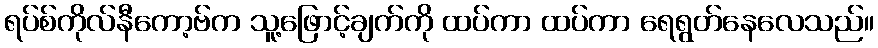
ရပ်စ်ကိုလ်နီကော့ဗ်က သူ့ဖြောင့်ချက်ကို ထပ်ကာ ထပ်ကာ ရေရွတ်နေလေသည်။